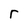
Character: r